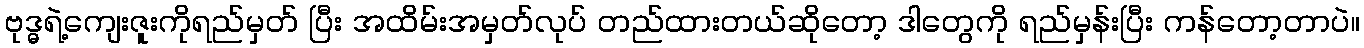
ဗုဒ္ဓရဲ့ကျေးဇူးကိုရည်မှတ် ပြီး အထိမ်းအမှတ်လုပ် တည်ထားတယ်ဆိုတော့ ဒါတွေကို ရည်မှန်းပြီး ကန်တော့တာပဲ။